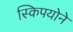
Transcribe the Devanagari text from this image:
स्किपयोने